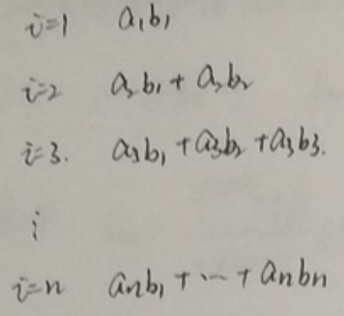
\[
\begin{align*}
i = 1 &\quad a_1b_1\\
i = 2 &\quad a_1b_1 + a_2b_2\\
i = 3 &\quad a_1b_1 + a_2b_2 + a_3b_3\\
&\vdots\\
i = n &\quad a_1b_1+\cdots + a_nb_n
\end{align*}
\]